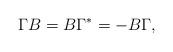
LaTeX: \begin{align*} \Gamma B=B \Gamma^*= - B \Gamma,\end{align*}